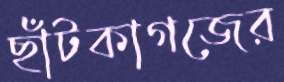
ছাঁটকাগজের